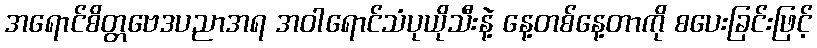
အရောင်စိတ္တဗေဒပညာအရ အဝါရောင်သံပုယိုသီးနဲ့ နေ့တစ်နေ့တာကို စပေးခြင်းဖြင့်